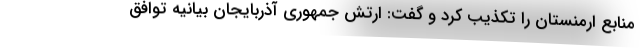
منابع ارمنستان را تکذیب کرد و گفت: ارتش جمهوری آذربایجان بیانیه توافق